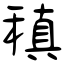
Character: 稹